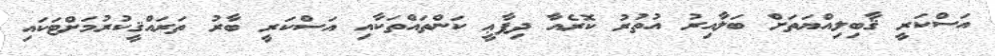
އަސްކަރީ ޤާބިލިއްޔަތަށް ބަލާއިރު އުތުރު ކޮރެއާ ދިފާޢީ ކަންތައްތަކާއި އަސްކަރީ ބާރު ތަރައްޤީކުރުމަށްޓަކައި